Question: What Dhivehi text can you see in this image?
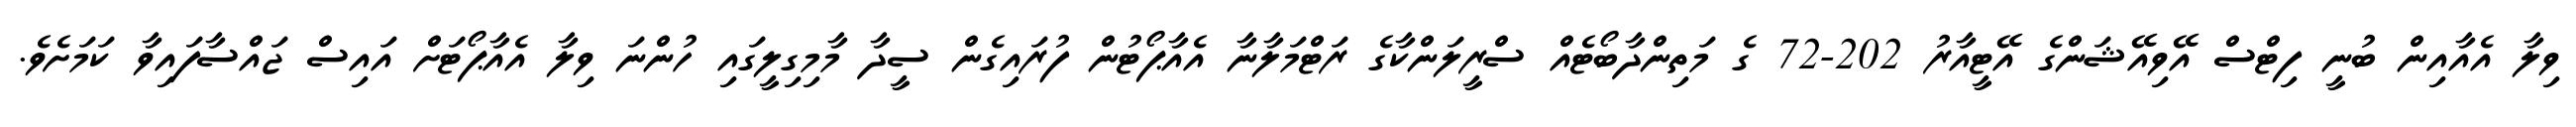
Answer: ވިލާ އެއާއިން ބުނީ ފިޓްސް އޭވިއޭޝަންގެ އޭޓީއާރު 202-72 ގެ މަތިންދާބޯޓެއް ސްރީލަންކާގެ ރަޓްމަލާނާ އެއާޕޯޓުން ފުރައިގެން ސީދާ މާމިގިލީގައި ހުންނަ ވިލާ އެއާޕޯޓަށް އައިސް ޖައްސާފައިވާ ކަމަށެވެ.